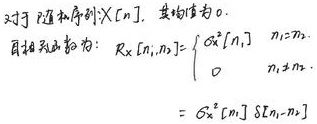
对于随机序列\(X[n]\)，其均值为0，自相关函数为：
\[
R_X[n_1,n_2]=\begin{cases}
\sigma^2[n_1] & n_1 = n_2\\
0 & n_1\neq n_2
\end{cases}=\sigma^2[n_1]\delta[n_1 - n_2]
\]